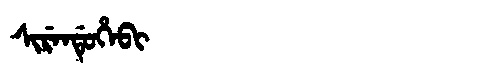
Manchu: ᠰᡳᡵᡝᠨᡩᡠᡥᡝᠪᡳ
Romanization: SIRENDUHEBI